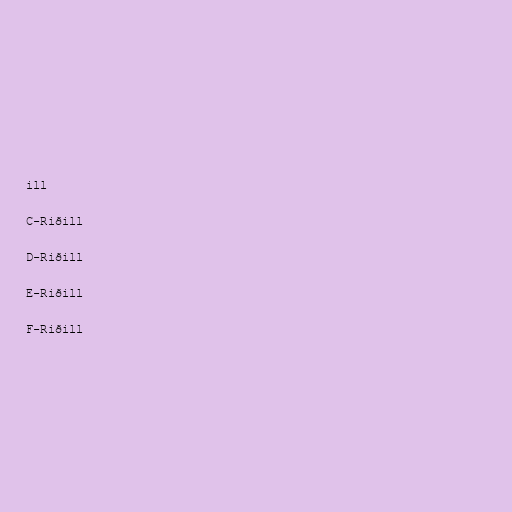
ill

C-Riðill

D-Riðill

E-Riðill

F-Riðill